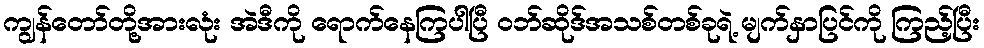
ကျွန်တော်တို့အားလုံး အဲဒီကို ရောက်နေကြပါပြီ ဝဘ်ဆိုဒ်အသစ်တစ်ခုရဲ့ မျက်နှာပြင်ကို ကြည့်ပြီး